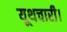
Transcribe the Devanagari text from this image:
यूथचारी।